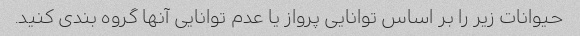
حیوانات زیر را بر اساس توانایی پرواز یا عدم توانایی آنها گروه بندی کنید.